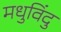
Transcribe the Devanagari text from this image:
मधुविंदु